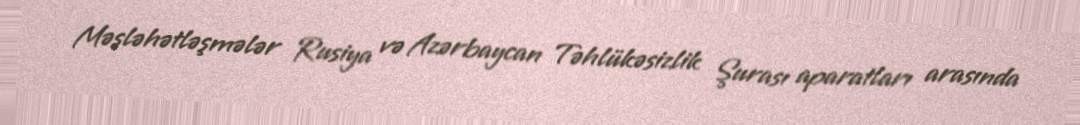
Məsləhətləşmələr Rusiya və Azərbaycan Təhlükəsizlik Şurası aparatları arasında